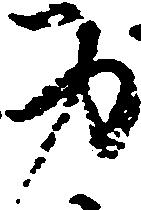
身